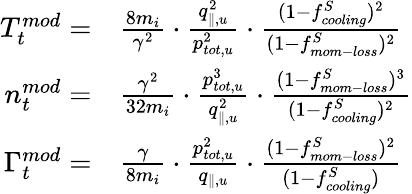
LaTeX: \begin{array}{rl}{T_{t}^{mod}=}&{{}\frac{8m_{i}}{\gamma^{2}}\cdot\frac{q_{\parallel,u}^{2}}{p_{tot,u}^{2}}\cdot\frac{(1-f_{cooling}^{S})^{2}}{(1-f_{mom-loss}^{S})^{2}}}\\ {n_{t}^{mod}=}&{{}\frac{\gamma^{2}}{32m_{i}}\cdot\frac{p_{tot,u}^{3}}{q_{\parallel,u}^{2}}\cdot\frac{(1-f_{mom-loss}^{S})^{3}}{(1-f_{cooling}^{S})^{2}}}\\ {\Gamma_{t}^{mod}=}&{{}\frac{\gamma}{8m_{i}}\cdot\frac{p_{tot,u}^{2}}{q_{\parallel,u}}\cdot\frac{(1-f_{mom-loss}^{S})^{2}}{(1-f_{cooling}^{S})}}\end{array}